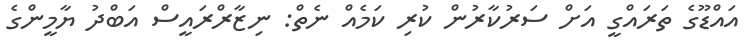
އައްޑޫގެ ތަރައްގީ އަށް ސަރުކާރުން ކުރި ކަމެއް ނެތް: ނިޒާރްރައީސް އަބްދު ޔާމީންގެ